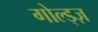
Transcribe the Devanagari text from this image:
गोल्ड्ज़